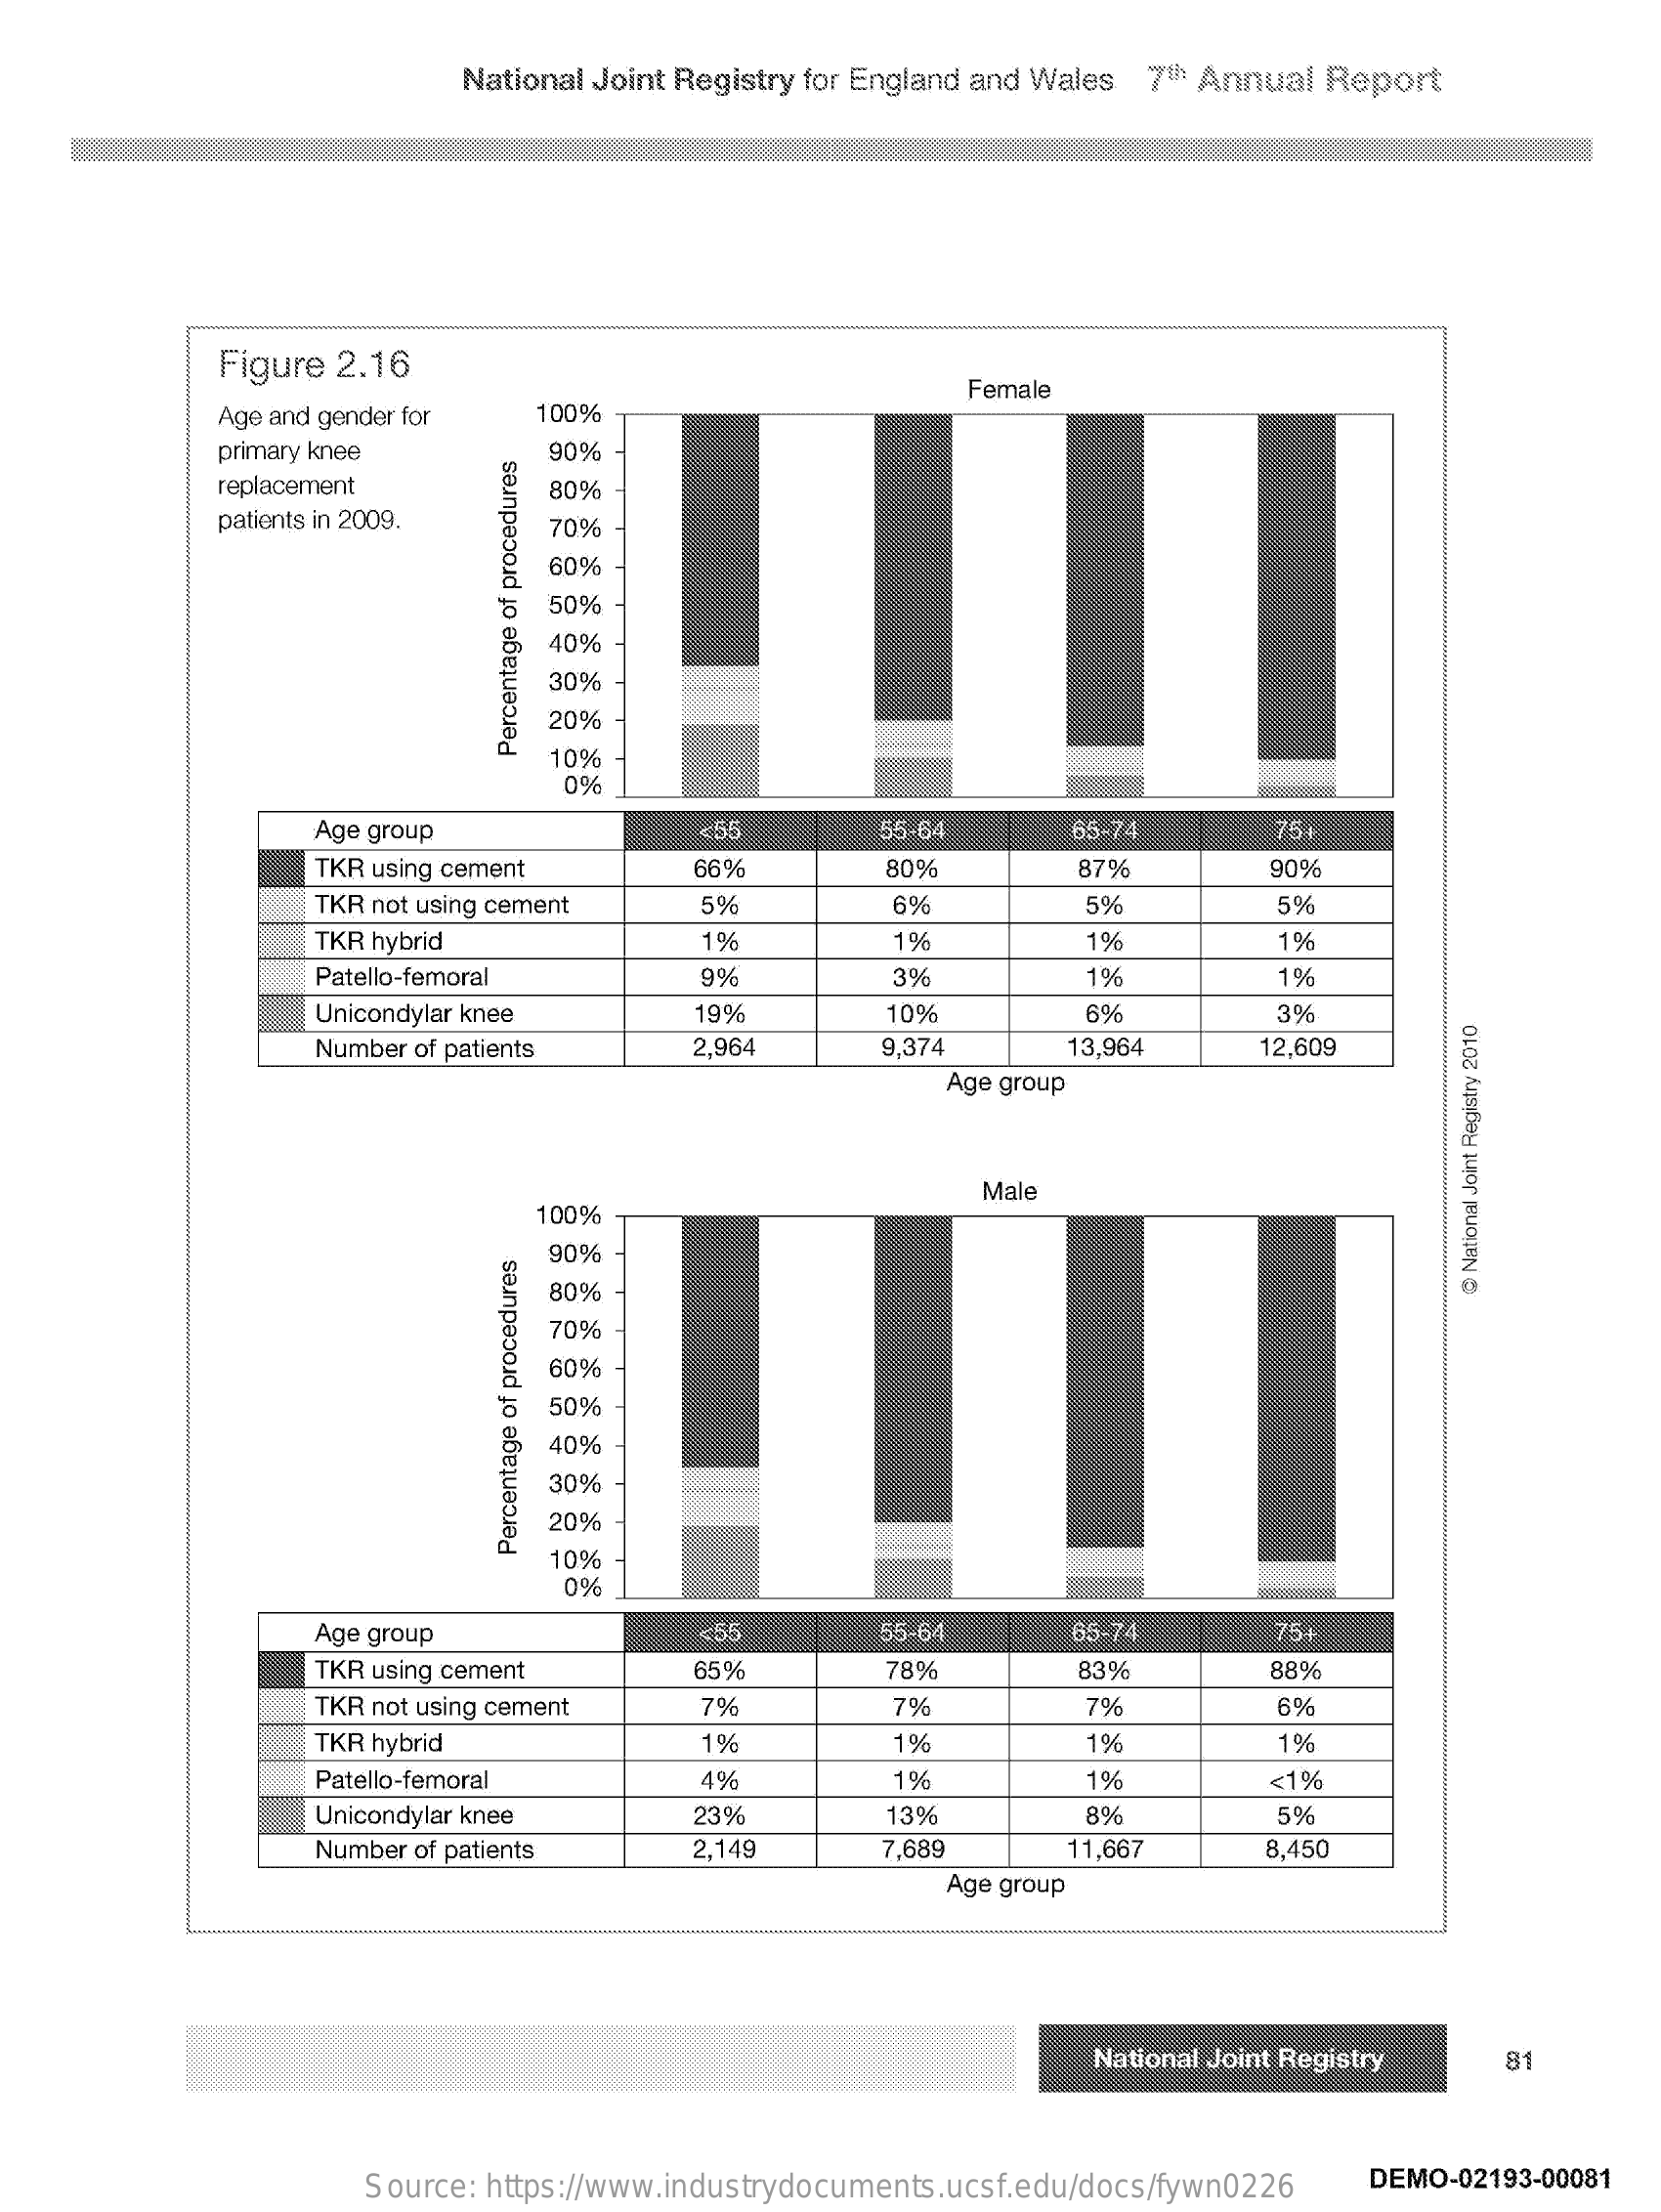
National Joint Registry for England and Wales 7th Annual Report
     Figure 2.16
     Age and gender for  100%
     Female
     primary knee    90%
     replacement    80%
     patients in 2009.  70%
     60%
     50%
     40%
     30%
     20%
     10%
     Percentage
     of
     procedures
     0%
     Age group    <55    55-64    65-74    75+
     TKR using cement    66%    80%    87%    90%
     TKR not using cement   5%    6%    5%    5%
     TKR hybrid    1%    1%    1%    1%
     Patello-femoral    9%    3%    1%    1%
     Unicondylar knee    19%    10%    6%    3%
     Number of patients    2,964    9,374    13,964    12,609
     Age group
     Male
     100%
     90%
     80%    @
     National
     Joint
     Registry
     2010
     70%
     60%
     50%
     40%
     30%
     20%
     10%
     Percentage
     of
     procedures
     0%
     Age group    <55    55-64    65-74    75+
     TKR using cement    65%    78%    83%    88%
     TKR not using cement    7%    7%    7%    6%
     TKR hybrid    1%    1%    1%    19%
     Patello-femoral    4%    1%    1%    <1%
     Unicondylar knee    23%    13%    8%    5%
     Number of patients    2,149    7,689    11,667    8,450
     Age group
     National Joint Registry  81
     Source: https://www.industrydocuments.ucsf.edu/docs/fywn0226 DEMO-02193-00081